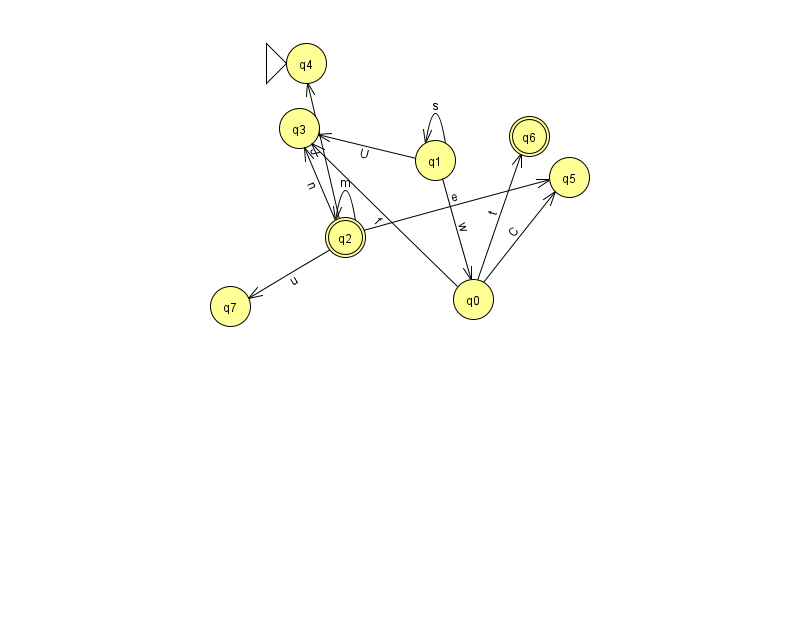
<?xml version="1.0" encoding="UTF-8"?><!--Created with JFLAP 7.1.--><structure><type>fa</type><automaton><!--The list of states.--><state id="0" name="q0"><x>473.0</x><y>286.0</y></state><state id="1" name="q1"><x>435.0</x><y>147.0</y></state><state id="2" name="q2"><x>345.0</x><y>224.0</y><final/></state><state id="3" name="q3"><x>299.0</x><y>115.0</y></state><state id="4" name="q4"><x>306.0</x><y>50.0</y><initial/></state><state id="5" name="q5"><x>569.0</x><y>164.0</y></state><state id="6" name="q6"><x>529.0</x><y>123.0</y><final/></state><state id="7" name="q7"><x>230.0</x><y>293.0</y></state><!--The list of transitions.--><transition><from>2</from><to>4</to><read>J</read></transition><transition><from>1</from><to>0</to><read>w</read></transition><transition><from>2</from><to>7</to><read>u</read></transition><transition><from>1</from><to>1</to><read>s</read></transition><transition><from>0</from><to>5</to><read>C</read></transition><transition><from>0</from><to>6</to><read>t</read></transition><transition><from>1</from><to>3</to><read>U</read></transition><transition><from>2</from><to>3</to><read>n</read></transition><transition><from>2</from><to>5</to><read>e</read></transition><transition><from>2</from><to>2</to><read>m</read></transition><transition><from>0</from><to>3</to><read>f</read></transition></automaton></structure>